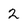
Character: 2